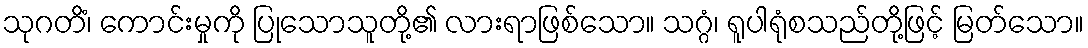
သုဂတိံ၊ ကောင်းမှုကို ပြုသောသူတို့၏ လားရာဖြစ်သော။ သဂ္ဂံ၊ ရူပါရုံစသည်တို့ဖြင့် မြတ်သော။